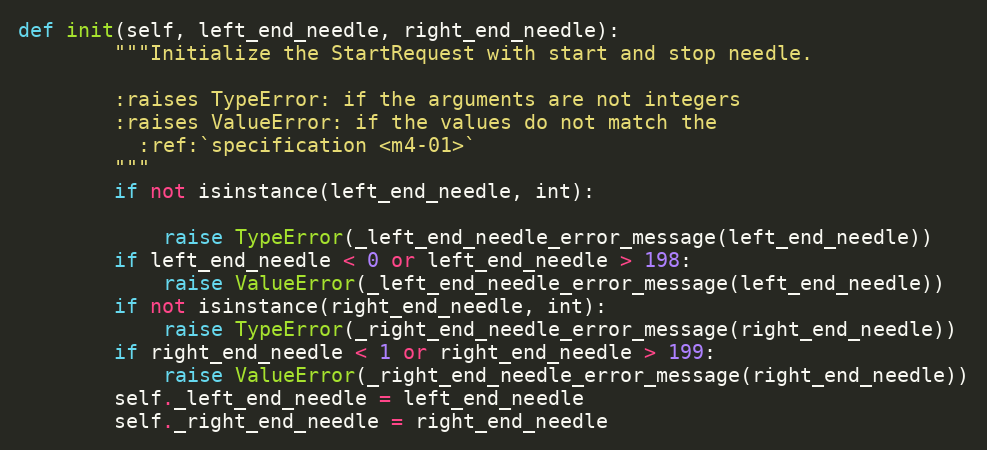
Language: Python
def init(self, left_end_needle, right_end_needle):
        """Initialize the StartRequest with start and stop needle.

        :raises TypeError: if the arguments are not integers
        :raises ValueError: if the values do not match the
          :ref:`specification <m4-01>`
        """
        if not isinstance(left_end_needle, int):

            raise TypeError(_left_end_needle_error_message(left_end_needle))
        if left_end_needle < 0 or left_end_needle > 198:
            raise ValueError(_left_end_needle_error_message(left_end_needle))
        if not isinstance(right_end_needle, int):
            raise TypeError(_right_end_needle_error_message(right_end_needle))
        if right_end_needle < 1 or right_end_needle > 199:
            raise ValueError(_right_end_needle_error_message(right_end_needle))
        self._left_end_needle = left_end_needle
        self._right_end_needle = right_end_needle